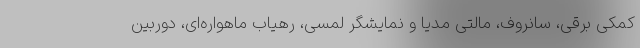
کمکی برقی، سانروف، مالتی مدیا و نمایشگر لمسی، رهیاب ماهواره‌ای، دوربین